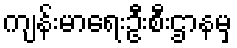
ကျန်းမာရေးဦးစီးဌာနမှ